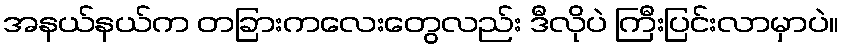
အနယ်နယ်က တခြားကလေးတွေလည်း ဒီလိုပဲ ကြီးပြင်းလာမှာပဲ။